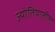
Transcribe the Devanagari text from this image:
ज्योतिषातील